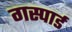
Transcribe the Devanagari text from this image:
गस्पार्ड